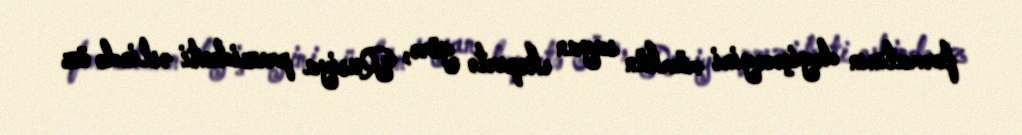
formatının dəyişəcəyini mümkün sayan ekspertə görə, Rusiya prezidenti əslində öz